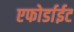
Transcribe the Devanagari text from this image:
एफोर्डाईट